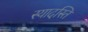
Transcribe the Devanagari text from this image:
स्यादस्ति